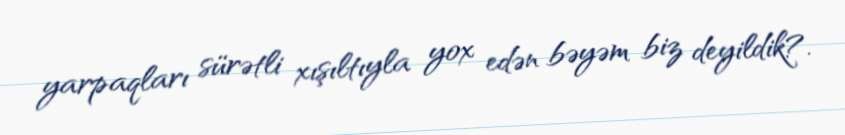
yarpaqları sürətli xışıltıyla yox edən bəyəm biz deyildik?.